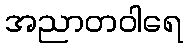
အညာတဝါရေ